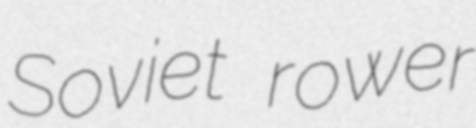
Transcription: Soviet rower